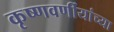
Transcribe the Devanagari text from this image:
कृष्णवर्णीयांच्या